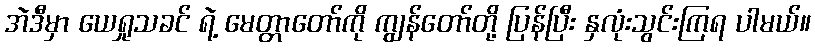
အဲဒီမှာ ယေရှုသခင် ရဲ့ မေတ္တာတော်ကို ကျွန်တော်တို့ ပြန်ပြီး နှလုံးသွင်းကြရ ပါမယ်။